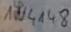
Text: 1N4148